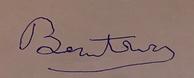
Signature authenticity: forged